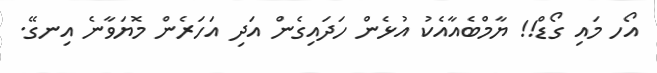
އޯހ މައި ގޯޑް!! ޔާމްބެއާއެކު އުޅެން ހަދައިގެން އަދި އަހަރެން މޮޔަވާނެ އިނގޭ.